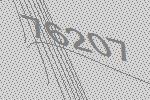
76207